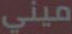
ميني